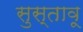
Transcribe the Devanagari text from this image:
सुस्तावू